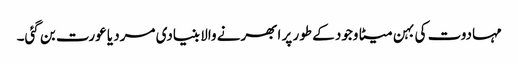
مہادوت کی بہن میٹا وجود کے طور پر ابھرنے والا بنیادی مرد یا عورت بن گئی۔